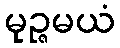
မုဉ္ဇမယံ